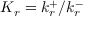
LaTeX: K _ { r } = k _ { r } ^ { + } / k _ { r } ^ { - }